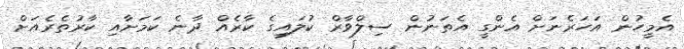
އެމީހުން އަހަރެނަށް އެންގީ އެތަނުން ސިލްވާރް ކުލައިގެ ކާރެއް ދާނެ ކަމަށާއި ކާރުތެރެއަށް